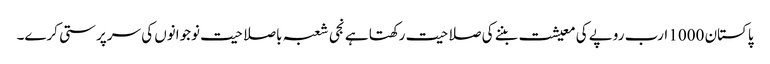
پاکستان 1000 ارب روپے کی معیشت بننے کی صلاحیت رکھتا ہے نجی شعبہ باصلاحیت نوجوانوں کی سرپرستی کرے۔